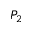
P _ { 2 }